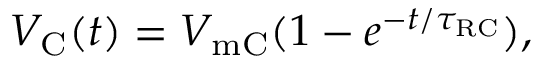
V _ { \mathrm { { C } } } ( t ) = V _ { \mathrm { { m C } } } ( 1 - e ^ { - t / \tau _ { \mathrm { { R C } } } } ) ,